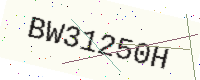
Text: BW31250H